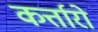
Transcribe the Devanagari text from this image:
कर्त्तारो